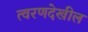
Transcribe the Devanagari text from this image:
त्वरणदेखील